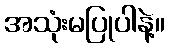
အသုံးမပြုပါနဲ့။